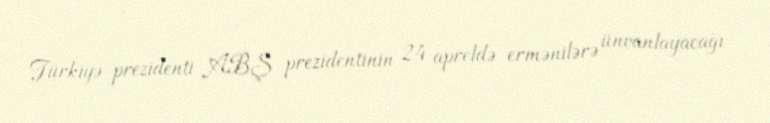
Türkiyə prezidenti ABŞ prezidentinin 24 apreldə ermənilərə ünvanlayacağı